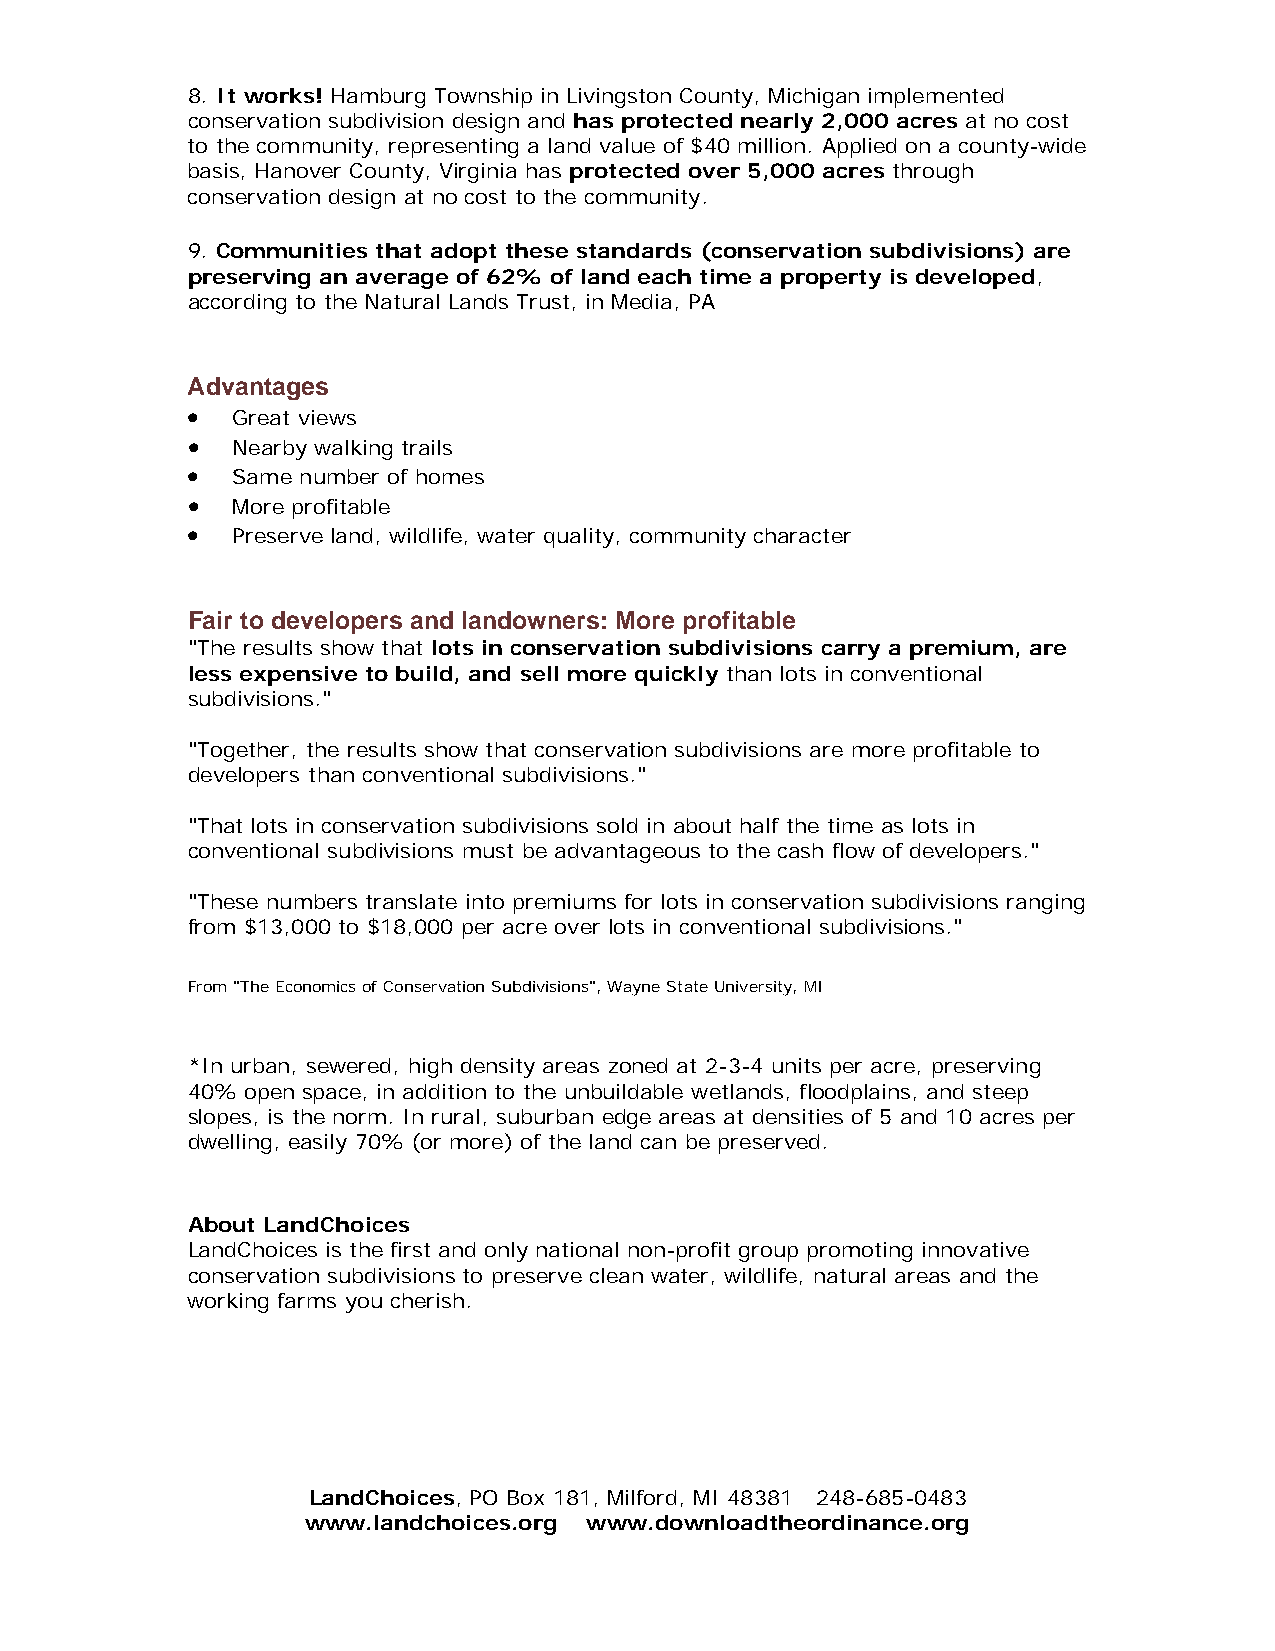
8. It works! Hamburg Township in Livingston County, Michigan implemented
 conservation subdivision design and has protected nearly 2,000 acres at no cost
 to the community, representing a land value of $40 million. Applied on a county-wide
 basis, Hanover County, Virginia has protected over 5,000 acres through
 conservation design at no cost to the community.
 9. Communities that adopt these standards (conservation subdivisions) are
 preserving an average of 62% of land each time a property is developed,
 according to the Natural Lands Trust, in Media, PA
 Advantages
 •  Great views
 •  Nearby walking trails
 •  Same number of homes
 •  More profitable
 •  Preserve land, wildlife, water quality, community character
 Fair to developers and landowners: More profitable
 "The results show that lots in conservation subdivisions carry a premium, are
 less expensive to build, and sell more quickly than lots in conventional
 subdivisions."
 "Together, the results show that conservation subdivisions are more profitable to
 developers than conventional subdivisions."
 "That lots in conservation subdivisions sold in about half the time as lots in
 conventional subdivisions must be advantageous to the cash flow of developers."
 "These numbers translate into premiums for lots in conservation subdivisions ranging
 from $13,000 to $18,000 per acre over lots in conventional subdivisions."
 From "The Economics of Conservation Subdivisions", Wayne State University, MI
 *In urban, sewered, high density areas zoned at 2-3-4 units per acre, preserving
 40% open space, in addition to the unbuildable wetlands, floodplains, and steep
 slopes, is the norm. In rural, suburban edge areas at densities of 5 and 10 acres per
 dwelling, easily 70% (or more) of the land can be preserved.
 About LandChoices
 LandChoices is the first and only national non-profit group promoting innovative
 conservation subdivisions to preserve clean water, wildlife, natural areas and the
 working farms you cherish.
 LandChoices, PO Box 181, Milford, MI 48381 248-685-0483
 www.landchoices.org www.downloadtheordinance.org